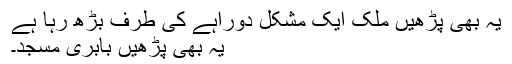
یہ بھی پڑھیں ملک ایک مشکل دوراہے کی طرف بڑھ رہا ہے
یہ بھی پڑھیں بابری مسجد۔